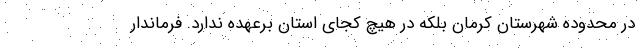
در محدوده شهرستان کرمان بلکه در هیچ کجای استان برعهده ندارد. فرماندار